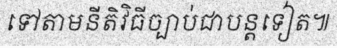
ទៅតាមនីតិវិធីច្បាប់ជាបន្តទៀត៕